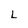
Character: L